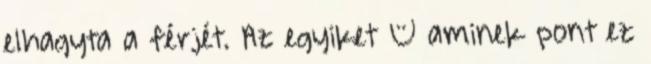
elhagyta a férjét. Az egyiket – aminek pont ez